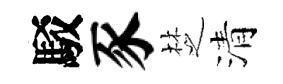
駁豕椘清